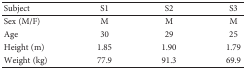
<table><thead><tr><td><b>Subject</b></td><td><b>S1</b></td><td><b>S2</b></td><td><b>S3</b></td></tr></thead><tbody><tr><td>Sex (M/F)</td><td>M</td><td>M</td><td>M</td></tr><tr><td>Age</td><td>30</td><td>29</td><td>25</td></tr><tr><td>Height (m)</td><td>1.85</td><td>1.90</td><td>1.79</td></tr><tr><td>Weight (kg)</td><td>77.9</td><td>91.3</td><td>69.9</td></tr></tbody></table>